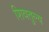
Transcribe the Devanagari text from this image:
शिवतुल्य